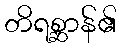
တိရစ္ဆာန်၏